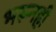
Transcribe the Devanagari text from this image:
भरूनही